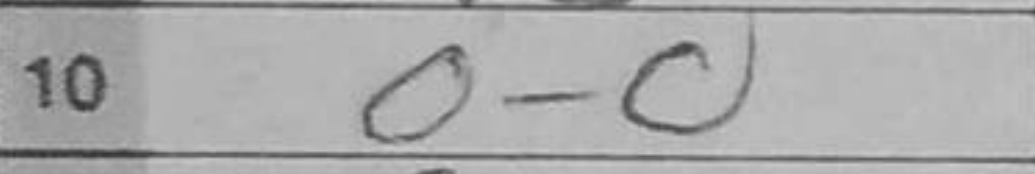
Transcription: O-O